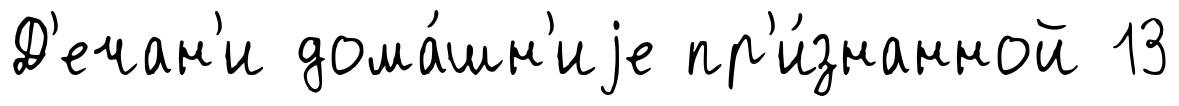
Д'ечан'и дома́шн'иjе пр'и́знанной 13